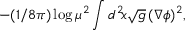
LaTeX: - ( 1 / 8 \pi ) \log \mu ^ { 2 } \int d ^ { 2 } \! x \sqrt { g } \, ( \nabla \phi ) ^ { 2 } ,